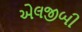
એલજીબી